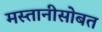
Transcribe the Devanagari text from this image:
मस्तानीसोबत